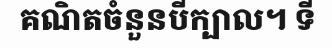
គណិតចំនួនបីក្បាល។ ទី